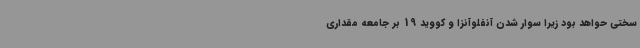
سختی حواهد بود زیرا سوار شدن آنفلوآنزا و کووید 19 بر جامعه مقداری